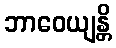
ဘာဝေယျန္တိ